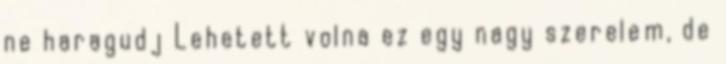
ne haragudj Lehetett volna ez egy nagy szerelem, de